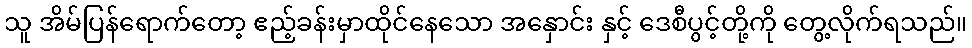
သူ အိမ်ပြန်ရောက်တော့ ဧည့်ခန်းမှာထိုင်နေသော အနှောင်း နှင့် ဒေစီပွင့်တို့ကို တွေ့လိုက်ရသည်။